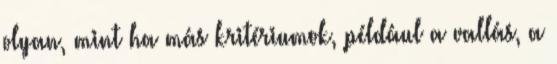
olyan, mint ha más kritériumok, például a vallás, a